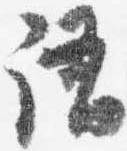
語